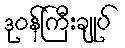
ဒုဝန်ကြီးချုပ်